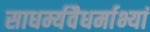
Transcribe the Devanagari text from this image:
साधर्म्यवैधर्माभ्यां